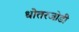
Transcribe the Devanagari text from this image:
धोतरजोडी